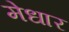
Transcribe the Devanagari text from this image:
मेधार